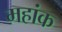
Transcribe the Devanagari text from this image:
महांक